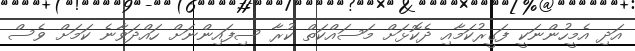
އަދި އެމީހުންނަކީ ފަގީރުކަމާއި ދެކޮޅަށް މަސައްކަތް ކުރާ ސިފައިންނަށް ހައްދަވާނެ ކަމަށް ވެސް